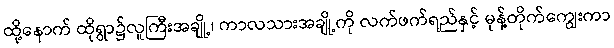
ထို့နောက် ထိုရွာ၌လူကြီးအချို့၊ ကာလသားအချို့ကို လက်ဖက်ရည်နှင့် မုန့်တိုက်ကျွေးကာ